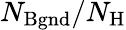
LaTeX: N_{\mathrm{Bgnd}}/N_{\mathrm{H}}